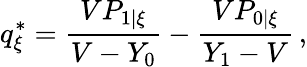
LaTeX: q_{\xi}^{*}=\frac{VP_{1|\xi}}{V-Y_{0}}-\frac{VP_{0|\xi}}{Y_{1}-V}\, ,